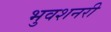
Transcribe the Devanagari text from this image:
भुवशनरी